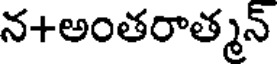
న+అంతరాత్మన్